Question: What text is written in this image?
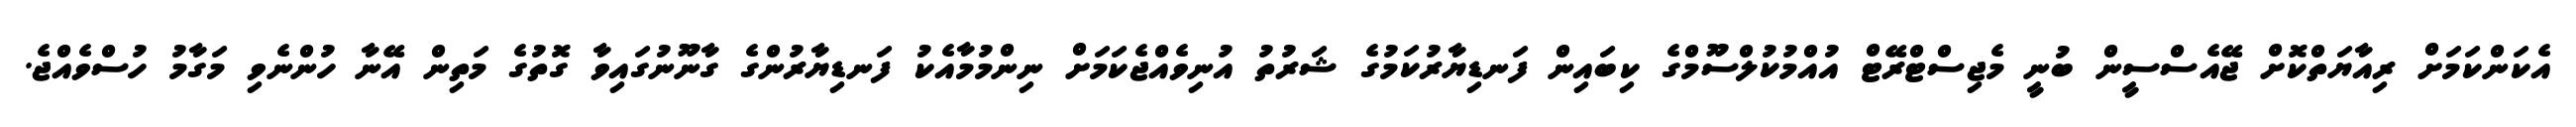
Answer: އެކަންކަމަށް ރިއާޔަތްކޮށް ޖޭއެސްސީން ބުނީ މެޖިސްޓްރޭޓް އުއްމުކުލްސޫމްގެ ކިބައިން ފަނޑިޔާރުކަމުގެ ޝަރުތު އުނިވެއްޖެކަމަށް ނިންމުމާއެކު ފަނޑިޔާރުންގެ ގާނޫނުގައިވާ ގޮތުގެ މަތިން އޭނާ ހުންނެވި މަގާމު ހުސްވެއްޖެ.